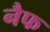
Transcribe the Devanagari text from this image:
नैफ